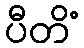
ပီတိံ